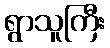
ရွာသူကြီး